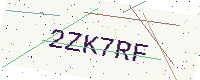
Text: 2ZK7RF